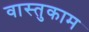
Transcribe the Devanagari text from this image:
वास्तुकाम